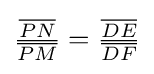
{\tfrac {\overline {PN}}{\overline {PM}}}={\tfrac {\overline {DE}}{\overline {DF}}}